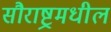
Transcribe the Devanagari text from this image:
सौराष्ट्रमधील